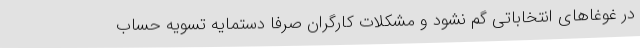
در غوغاهای انتخاباتی گم نشود و مشکلات کارگران صرفا دستمایه تسویه حساب